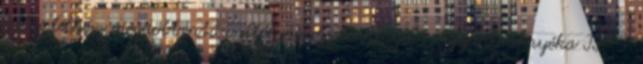
helyi lelkész megdöbbentő vallomással jelentkezik. A gyanú árnyéka II. 3.